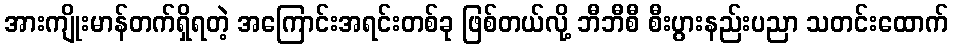
အားကျိုးမာန်တက်ရှိရတဲ့ အကြောင်းအရင်းတစ်ခု ဖြစ်တယ်လို့ ဘီဘီစီ စီးပွားနည်းပညာ သတင်းထောက်